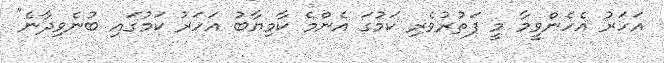
އަހަރު އެހެންވީމާ މީ ފަތުރުވެރި ކަމުގަ އެންމެ ކާމިޔާބު އަހަރު ކަމުގައި ބުނެވިދާނެ"